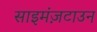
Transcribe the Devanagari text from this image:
साइमंज़टाउन